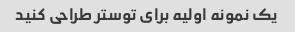
یک نمونه اولیه برای توستر طراحی کنید